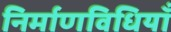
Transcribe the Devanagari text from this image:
निर्माणविधियाँ